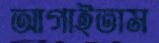
আগাইতাম